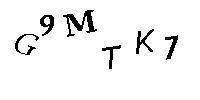
G9MTK7